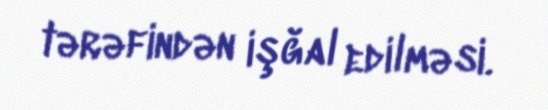
tərəfindən işğal edilməsi.